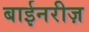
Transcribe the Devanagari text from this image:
बाईनरीज़